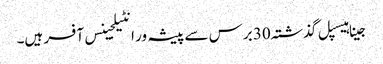
جینا ہیسپل گذشتہ 30 برس سے پیشہ ور انٹیلجینس آفسر ہیں۔